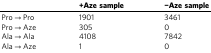
<table><thead><tr><td></td><td><b>+Aze sample</b></td><td><b>−Aze sample</b></td></tr></thead><tbody><tr><td>Pro → Pro</td><td>1901</td><td>3461</td></tr><tr><td>Pro → Aze</td><td>305</td><td>0</td></tr><tr><td>Ala → Ala</td><td>4108</td><td>7842</td></tr><tr><td>Ala → Aze</td><td>1</td><td>0</td></tr></tbody></table>